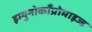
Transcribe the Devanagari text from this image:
इम्युनोकाँप्रोमाइज्ड